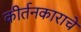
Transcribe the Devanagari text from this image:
कीर्तनकाराचे